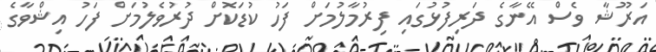
އަރޫޝާ ވެސް އޭނާގެ ދަރިފުޅުގައި ފިރުމާލުމަށް ފަހު ކުޑަކޮށް ދުރުވެލުމަށް ފަހު އިޝްވާގެ